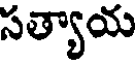
సత్యాయ